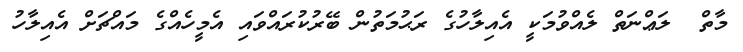
މާތް  ލަޢްނަތް ލެއްވުމަކީ އެއިލާހުގެ ރަޙުމަތުން ބޭރުކުރައްވައި އެމީހެއްގެ މައްޗަށް އެއިލާހު